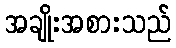
အချိုးအစားသည်